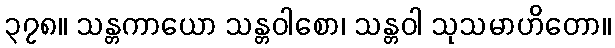
၃၇၈။ သန္တကာယော သန္တဝါစော၊ သန္တဝါ သုသမာဟိတော။